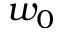
w _ { 0 }